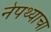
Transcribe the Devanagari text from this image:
नेपथ्याचा